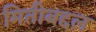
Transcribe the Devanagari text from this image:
मितीबद्दल